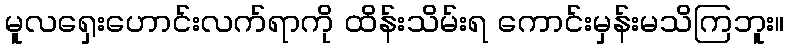
မူလရှေးဟောင်းလက်ရာကို ထိန်းသိမ်းရ ကောင်းမှန်းမသိကြဘူး။